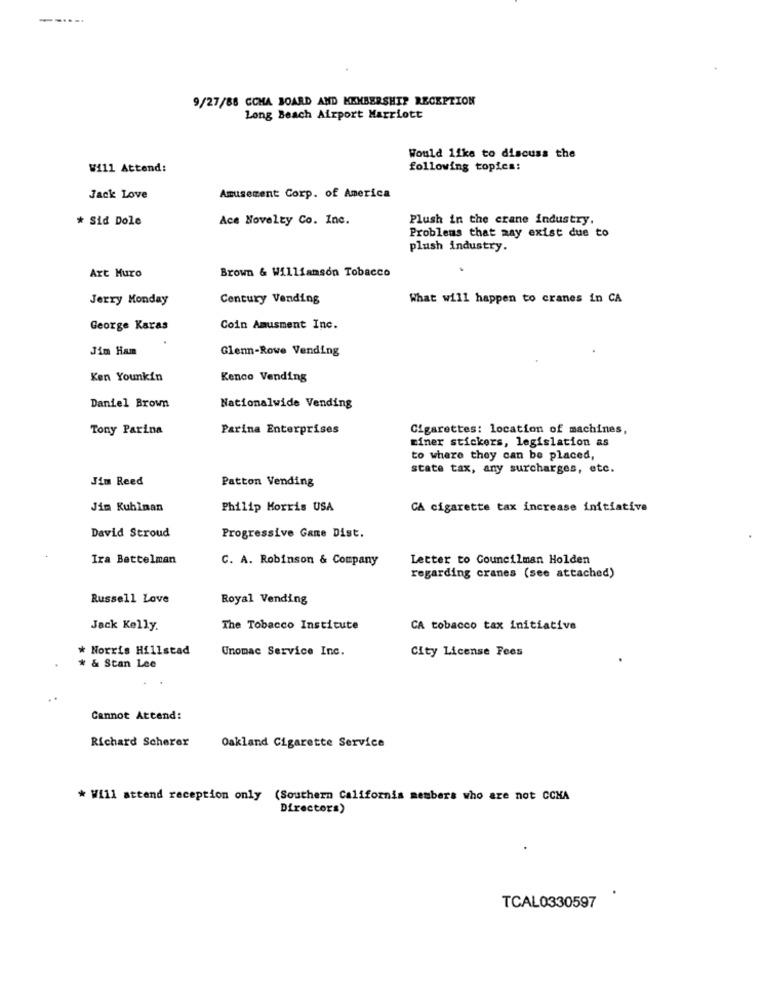
--....
9/27/88 CCHA BOARD AND MEMBERSHIP RECEPTION
Long Beach Airport Marriott
Would like to discuss the
Will Attend:
following topics:
Jack Love
Amusement Corp. of America
* Sid Dole
Ace Novelty Co. Inc.
Plush in the crane industry.
Problems that may exist due to
plush industry.
Brown & Williamson Tobacco
Art Muro
Jerry Monday
Century Vending
What will happen to cranes in CA
George Karas
Coin Amusment Inc.
Jim Ham
Glenn-Rowe Vending
Ken Younkin
Kenco Vending
Daniel Brown
Nationalwide Vending
Tony Parina
Parina Enterprises
Cigarettes: location of machines,
miner stickers, legislation as
to where they can be placed,
state tax, any surcharges, etc.
Jim Reed
Patton Vending
Jim Kuhlman
Philip Morris USA
CA cigarette tax increase initiative
David Stroud
Progressive Gane Dist.
Ira Bettelman
C. A. Robinson & Company
Letter to Councilman Holden
regarding cranes (see attached)
Russell Love
Royal Vending
Jack Kelly.
The Tobacco Institute
CA tobacco tax initiative
* Norris Hillstad
Unomac Service Inc.
City License Fees
* & Stan Lee
Cannot Attend:
Richard Scherer
Oakland Cigarette Service
* Will attend reception only (Southern California members who are not CCNA
Directors)
TCAL0330597